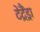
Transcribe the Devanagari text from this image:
टेट्रैंड्रा